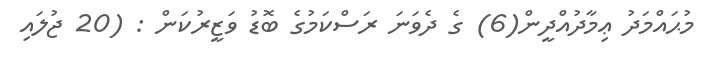
މުޙައްމަދު ޢިމާދުއްދީން(6) ގެ ދެވަނަ ރަސްކަމުގެ ބޮޑު ވަޒީރުކަން : (20 ޖުލައި